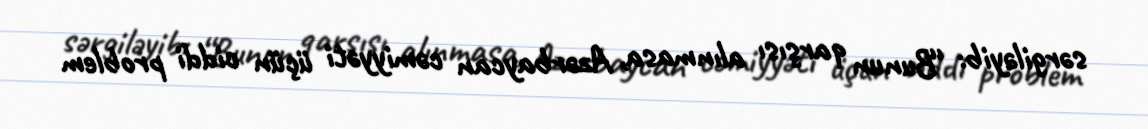
sərgiləyib: “Bunun qarşısı alınmasa, Azərbaycan cəmiyyəti üçün ciddi problem